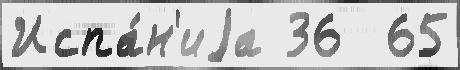
Испа́н'иjа 36  65